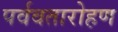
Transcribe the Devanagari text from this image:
पर्ववतारोहण